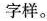
(A)字样。